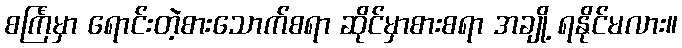
စင်္ကြံမှာ ရောင်းတဲ့စားသောက်စရာ ဆိုင်မှာစားစရာ အချို့ ရနိုင်မလား။